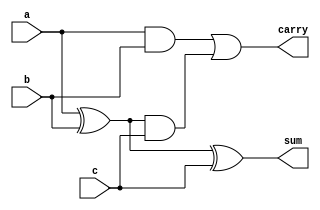
module teach(a,b,c,sum,carry);
input a,b,c;
output sum,carry;
assign sum=a^b^c;
assign carry=a&b|(a^b)&c;
endmodule